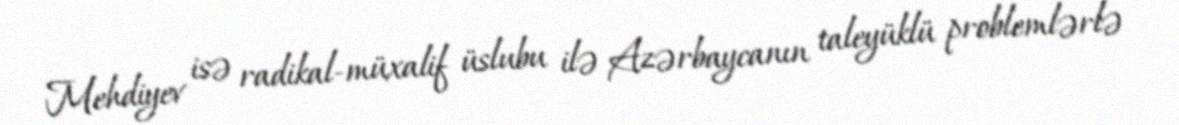
Mehdiyev isə radikal-müxalif üslubu ilə Azərbaycanın taleyüklü problemlərlə